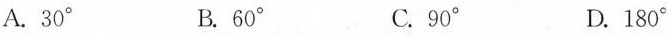
A.30^{\circ} B.60^{\circ}C.90^{\circ} D.180^{\circ}